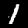
Label: 1